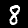
Label: 8